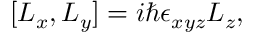
[ { L _ { x } } , { L _ { y } } ] = i \hbar \epsilon _ { x y z } { L _ { z } } ,